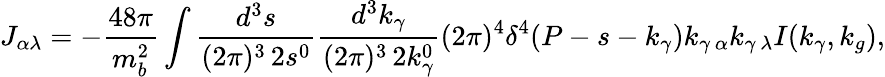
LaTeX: J_{\alpha\lambda}=-\frac{48\pi}{m_{b}^{2}}\int\frac{d^{3}s}{(2\pi)^{3}\, 2s^{0}}\frac{d^{3}k_{\gamma}}{(2\pi)^{3}\, 2k_{\gamma}^{0}}(2\pi)^{4}\delta^{4}(P-s-k_{\gamma})k_{\gamma\, \alpha}k_{\gamma\, \lambda}I(k_{\gamma},k_{g}),